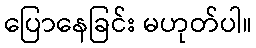
ပြောနေခြင်း မဟုတ်ပါ။